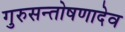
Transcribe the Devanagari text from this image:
गुरुसन्तोषणादेव